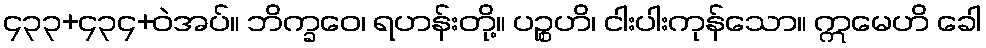
၄၃၃+၄၃၄+ဝဲအပ်။ ဘိက္ခဝေ၊ ရဟန်းတို့။ ပဉ္စဟိ၊ ငါးပါးကုန်သော။ ဣမေဟိ ခေါ